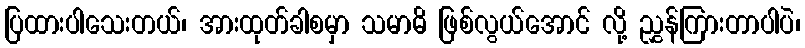
ပြထားပါသေးတယ်၊ အားထုတ်ခါစမှာ သမာဓိ ဖြစ်လွယ်အောင် လို့ ညွှန်ကြားတာပါပဲ၊